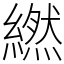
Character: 繎